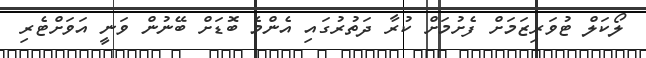
ލޯކަލް ޓުވަރިޒަމަށް ފެށުމަށް ކުރާ ދަތުރުގައި އެންމެ ބޮޑަށް ބޭނުން ވަނީ އަވަށްޓެރި